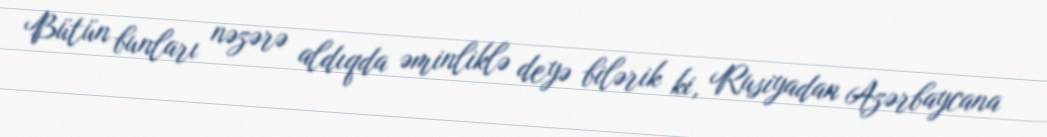
Bütün bunları nəzərə aldıqda əminliklə deyə bilərik ki, Rusiyadan Azərbaycana